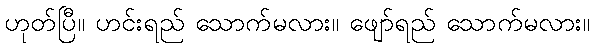
ဟုတ်ပြီ။ ဟင်းရည် သောက်မလား။ ဖျော်ရည် သောက်မလား။